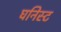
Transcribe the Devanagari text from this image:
घनिस्ट